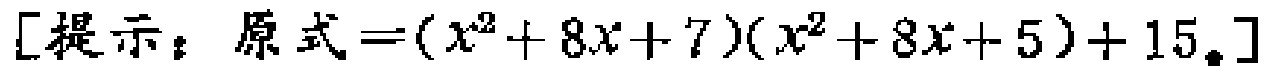
$[提示：原式=(x^{2}+8x + 7)(x^{2}+8x + 5)+15。]$